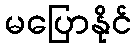
မပြောနိုင်